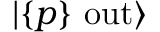
| \{ p \} \ \mathrm { o u t } \rangle